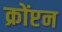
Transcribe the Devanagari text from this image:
क्रोंप्टन